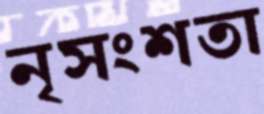
নৃসংশতা